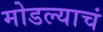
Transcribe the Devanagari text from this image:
मोडल्याचं